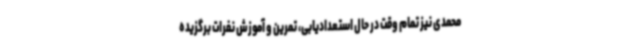
محمدی نیز تمام وقت در حال استعدادیابی، تمرین و آموزش نفرات برگزیده